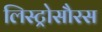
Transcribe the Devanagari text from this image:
लिस्ट्रोसौरस